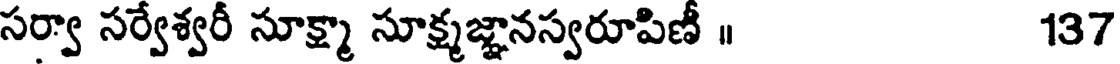
సర్వా సర్వేశ్వరీ సూక్ష్మా సూక్ష్మజ్ఞానస్వరూపిణీ ॥ 137